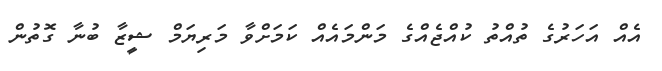
އެއް އަހަރުގެ ތުއްތު ކުއްޖެއްގެ މަންމައެއް ކަމަށްވާ މަރިޔަމް ޝީޒާ ބުނާ ގޮތުން